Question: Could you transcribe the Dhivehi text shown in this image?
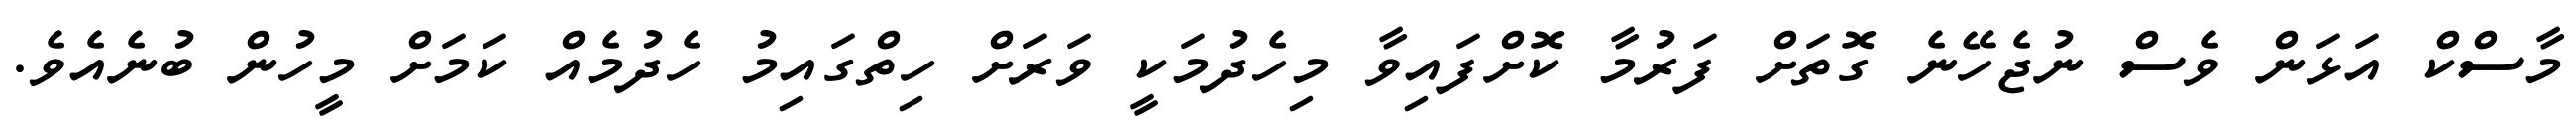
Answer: މާސްކް އަޅަން ވެސް ނުޖެހޭނެ ގޮތަށް ފަރުމާ ކޮށްފައިވާ މިހެދުމަކީ ވަރަށް ހިތްގައިމު ހެދުމެއް ކަމަށް މީހުން ބުނެއެވެ.